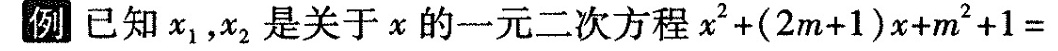
例已知x1，x2是关于x的一元二次方程x2+(2m+1)x+m2+1=